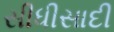
સીધીસાદી